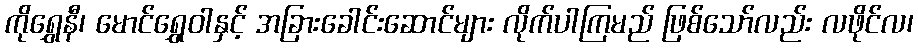
ကိုရွှေနီ၊ မောင်ရွှေဝါနှင့် အခြားခေါင်းဆောင်များ လိုက်ပါကြမည် ဖြစ်သော်လည်း လဖိုင်လ၊